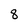
Character: 8